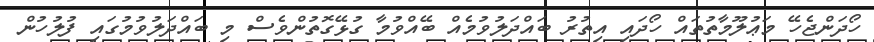
ހޯދަންޖެހޭ މަޢުލޫމާތުތައް ހޯދައި އިތުރު ބައްދަލުވުމެއް ބޭއްވުމާ ގުޅޭގޮތުންވެސް މި ބައްދަލުވުމުގައި ފުލުހުން